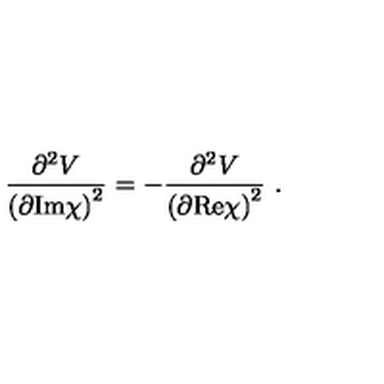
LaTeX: \frac { \partial ^ { 2 } V } { \left( \partial \mathrm { I m } \chi \right) ^ { 2 } } = - \frac { \partial ^ { 2 } V } { \left( \partial \mathrm { R e } \chi \right) ^ { 2 } } \ .